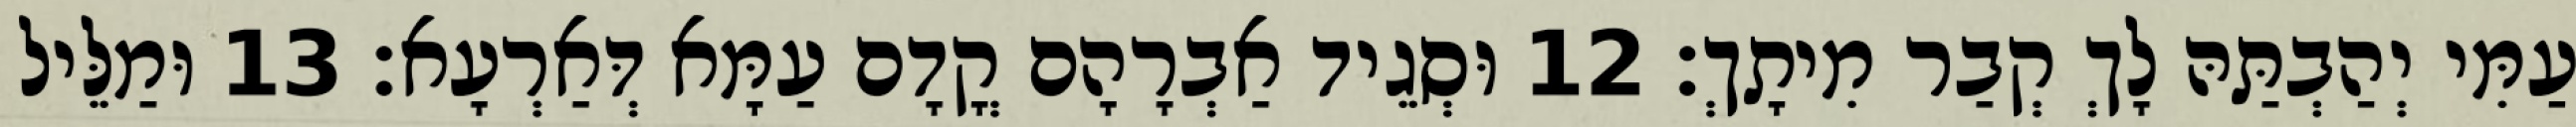
עַמִּי יְהַבְתַּהּ לָךְ קְבַר מִיתָךְ׃ 12 וּסְגֵיד אַבְרָהָם קֳדָם עַמָּא דְּאַרְעָא׃ 13 וּמַלֵּיל